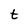
Character: t